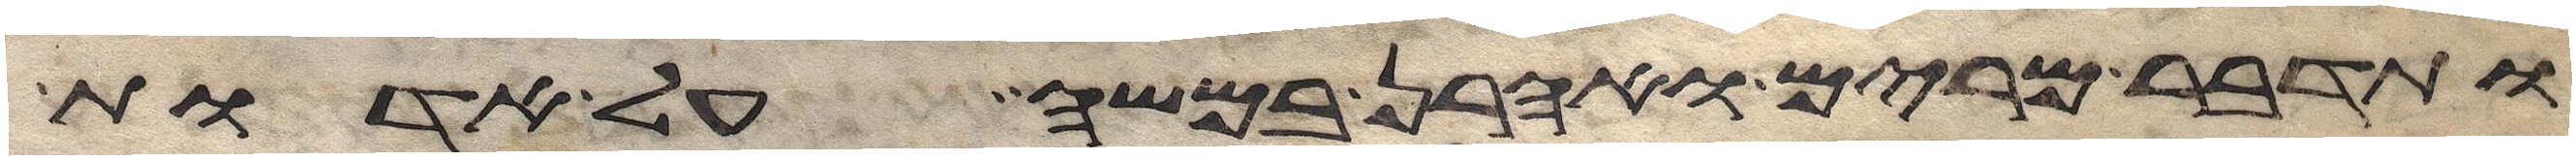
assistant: ותדבר מרים ואהרן במשה על אדות